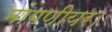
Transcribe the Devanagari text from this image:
मांगणीयर।